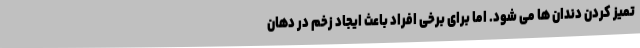
تمیز کردن دندان ها می شود. اما برای برخی افراد باعث ایجاد زخم در دهان